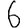
Digit: 6